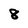
Character: 8